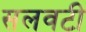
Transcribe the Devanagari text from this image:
सलवटी